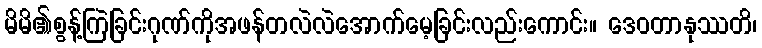
မိမိ၏စွန့်ကြဲခြင်းဂုဏ်ကိုအဖန်တလဲလဲအောက်မေ့ခြင်းလည်းကောင်း။ ဒေဝတာနုဿတိ၊